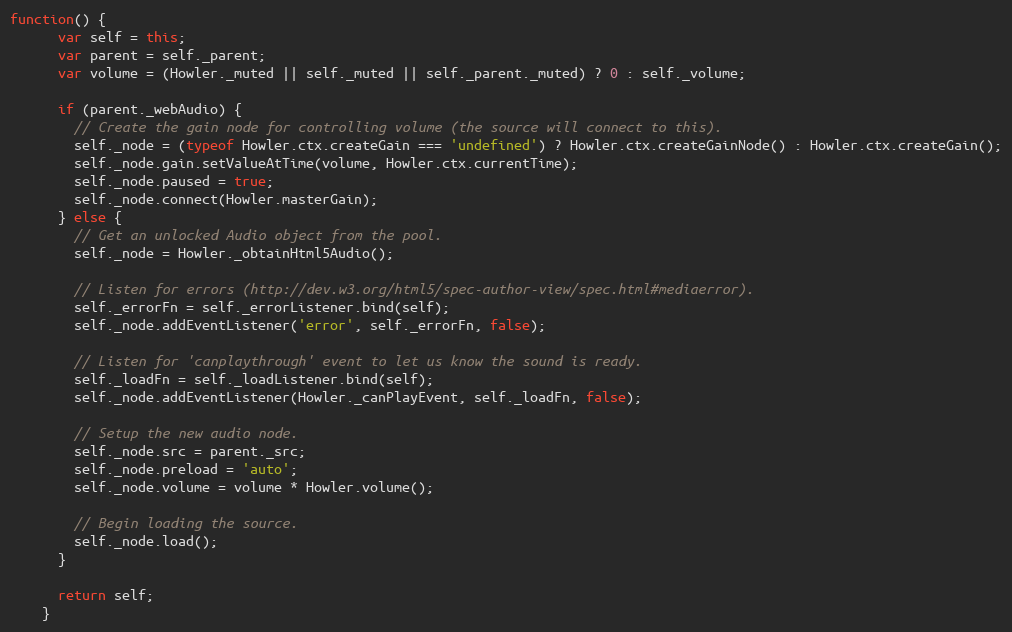
Language: JavaScript
function() {
      var self = this;
      var parent = self._parent;
      var volume = (Howler._muted || self._muted || self._parent._muted) ? 0 : self._volume;

      if (parent._webAudio) {
        // Create the gain node for controlling volume (the source will connect to this).
        self._node = (typeof Howler.ctx.createGain === 'undefined') ? Howler.ctx.createGainNode() : Howler.ctx.createGain();
        self._node.gain.setValueAtTime(volume, Howler.ctx.currentTime);
        self._node.paused = true;
        self._node.connect(Howler.masterGain);
      } else {
        // Get an unlocked Audio object from the pool.
        self._node = Howler._obtainHtml5Audio();

        // Listen for errors (http://dev.w3.org/html5/spec-author-view/spec.html#mediaerror).
        self._errorFn = self._errorListener.bind(self);
        self._node.addEventListener('error', self._errorFn, false);

        // Listen for 'canplaythrough' event to let us know the sound is ready.
        self._loadFn = self._loadListener.bind(self);
        self._node.addEventListener(Howler._canPlayEvent, self._loadFn, false);

        // Setup the new audio node.
        self._node.src = parent._src;
        self._node.preload = 'auto';
        self._node.volume = volume * Howler.volume();

        // Begin loading the source.
        self._node.load();
      }

      return self;
    }